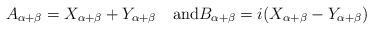
LaTeX: \begin{align*}A_{\alpha+\beta}=X_{\alpha+\beta}+Y_{\alpha+\beta}\quad\mbox{and}B_{\alpha+\beta}=i(X_{\alpha+\beta}-Y_{\alpha+\beta})\end{align*}